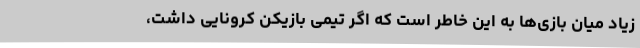
زیاد میان بازی‌ها به این خاطر است که اگر تیمی بازیکن کرونایی داشت،